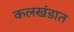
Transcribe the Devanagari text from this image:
कलखंडात